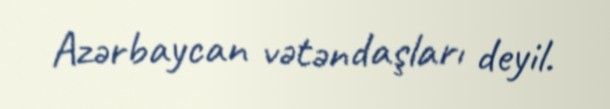
Azərbaycan vətəndaşları deyil.